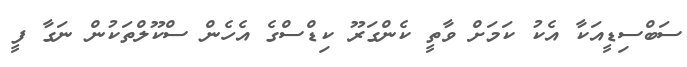
ސަބްސިޑީއަކާ އެކު ކަމަށް ވާތީ ކެންގަރޫ ކިޑްސްގެ އެހެން ސްކޫލްތަކުން ނަގާ ފީ